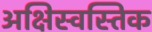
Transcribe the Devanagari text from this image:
अक्षिस्वस्तिक